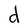
Character: d